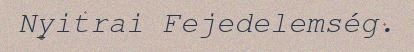
Nyitrai Fejedelemség.